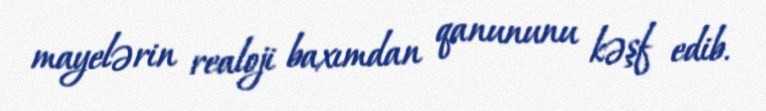
mayelərin realoji baxımdan qanununu kəşf edib.